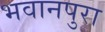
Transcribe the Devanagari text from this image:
भवानपुरा